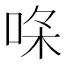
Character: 𠳸